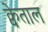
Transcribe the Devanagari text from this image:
क्वेताल